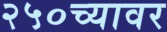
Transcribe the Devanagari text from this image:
२५०च्यावर